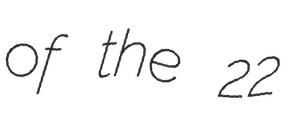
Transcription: of the 22